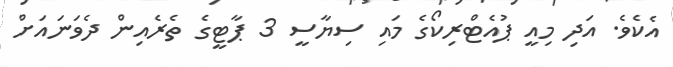
އެކެވެ. އަދި މިއީ ޕުއެޓްރިކޯގެ މައި ސިޔާސީ 3 ޕާޓީގެ ތެރެއިން ދެވަނައަށް